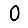
Digit: 0